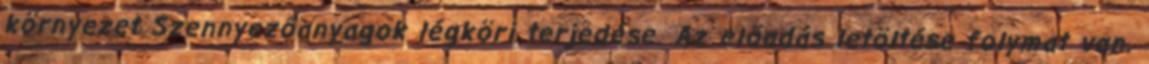
környezet Szennyezőanyagok légköri terjedése. Az előadás letöltése folymat van.